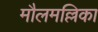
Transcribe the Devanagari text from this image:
मौलमल्लिका